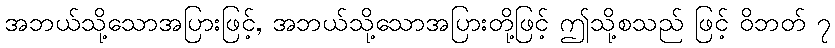
အဘယ်သို့သောအပြားဖြင့်, အဘယ်သို့သောအပြားတို့ဖြင့် ဤသို့စသည် ဖြင့် ဝိဘတ် ၇